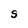
Character: S